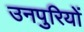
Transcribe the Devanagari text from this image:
उनपुरियों